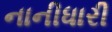
નાનીધારી